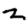
Digit: 2